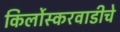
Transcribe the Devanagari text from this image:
किर्लोस्करवाडीचे